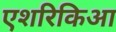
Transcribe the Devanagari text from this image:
एशरिकिआ